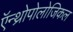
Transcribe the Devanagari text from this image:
ऍन्थ्रोपोलोजिकल